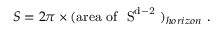
S = 2 \pi \times ( \mathrm { a r e a ~ o f ~ { \cal ~ S } ^ { d - 2 } ~ } ) _ { h o r i z o n } \ .